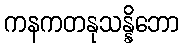
ကနကတနုသန္နိဘော